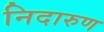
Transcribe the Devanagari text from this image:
निदारुण